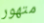
متهور